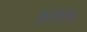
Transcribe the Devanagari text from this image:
कुटिरे